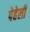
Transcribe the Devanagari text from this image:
पेहेली